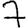
Digit: 7